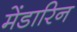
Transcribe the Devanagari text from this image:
मेंडारिन